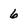
Character: 6